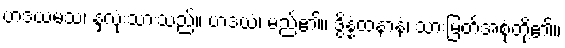
ဟဒယမံသံ၊ နှလုံးသားသည်။ ဟဒယံ၊ မည်၏။ ဒွိန္နံထနာနံ၊ သားမြတ်အစုံတို့၏။